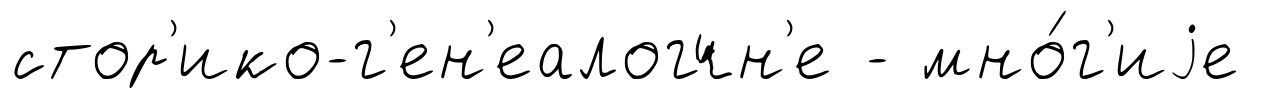
стор'ико-г'ен'еалогчн'е - мно́г'иjе